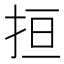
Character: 𢬎